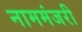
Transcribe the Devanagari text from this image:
नाममंजरी